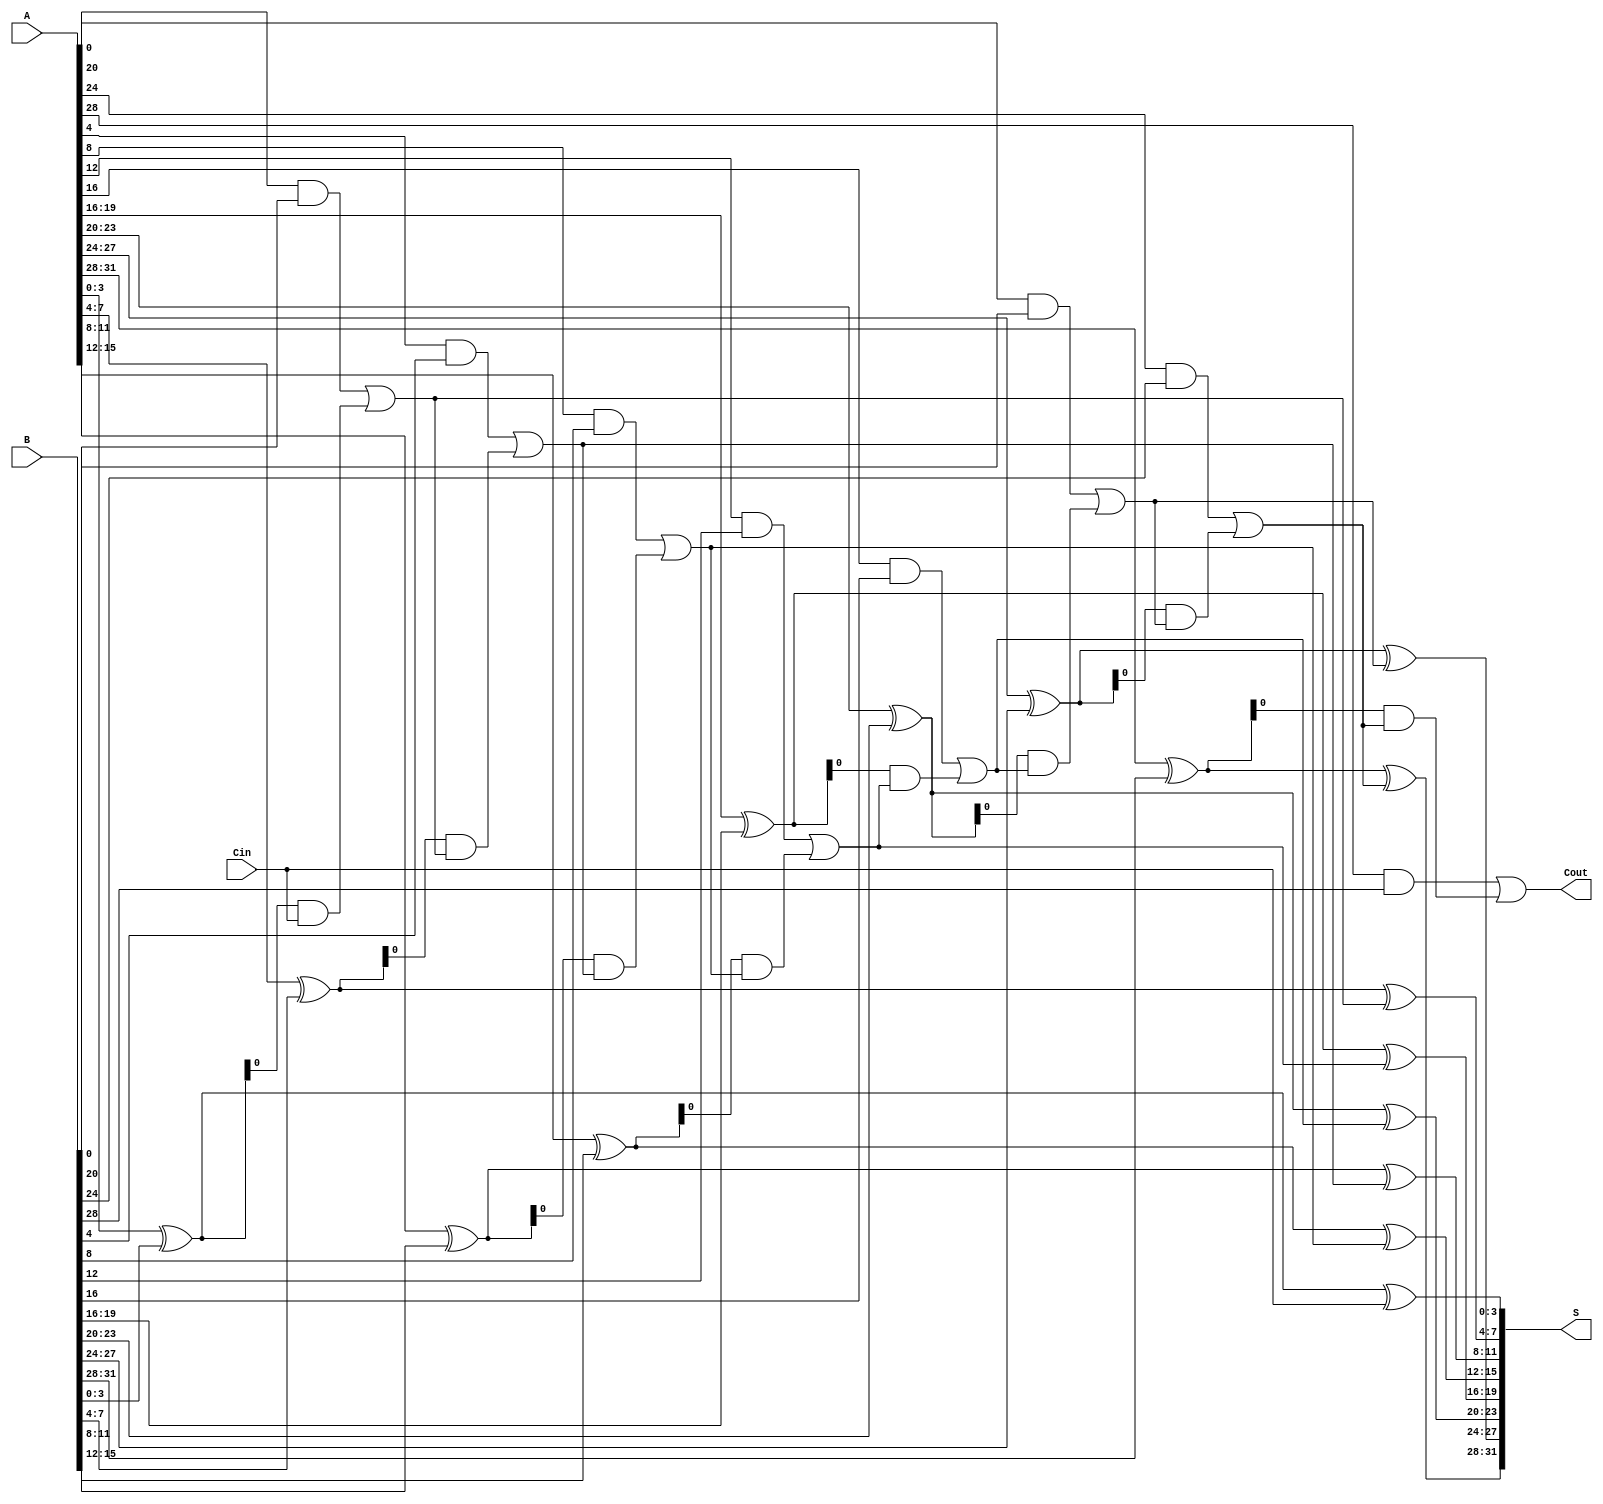
module PrecomputationCarryAdder #(
    parameter N = 32, // Bit width of the inputs
    parameter GROUP_SIZE = 4 // Size of each group for carry computation
)(
    input [N-1:0] A,    // First n-bit binary input
    input [N-1:0] B,    // Second n-bit binary input
    input Cin,          // Carry-in input
    output [N-1:0] S,   // Sum output
    output Cout         // Carry-out output
);

    // Number of groups
    localparam GROUPS = N / GROUP_SIZE;

    // Internal signals
    wire [GROUPS-1:0] G; // Generate signals
    wire [GROUPS-1:0] P; // Propagate signals
    wire [GROUPS:0] C;   // Carry signals (C[0] = Cin)

    // Generate and propagate for each group
    genvar i;
    generate
        for (i = 0; i < GROUPS; i = i + 1) begin : group
            wire [GROUP_SIZE-1:0] A_group = A[GROUP_SIZE*i +: GROUP_SIZE];
            wire [GROUP_SIZE-1:0] B_group = B[GROUP_SIZE*i +: GROUP_SIZE];

            assign G[i] = A_group & B_group; // Generate
            assign P[i] = A_group ^ B_group; // Propagate
        end
    endgenerate

    // Carry computation
    assign C[0] = Cin; // Initial carry-in

    generate
        for (i = 0; i < GROUPS; i = i + 1) begin : carry_computation
            if (i == 0) begin
                assign C[i + 1] = G[i] | (P[i] & C[i]); // Carry-out for the first group
            end else begin
                assign C[i + 1] = G[i] | (P[i] & C[i]); // Carry-out for subsequent groups
            end
        end
    endgenerate

    // Sum calculation
    generate
        for (i = 0; i < GROUPS; i = i + 1) begin : sum_calculation
            wire [GROUP_SIZE-1:0] A_group = A[GROUP_SIZE*i +: GROUP_SIZE];
            wire [GROUP_SIZE-1:0] B_group = B[GROUP_SIZE*i +: GROUP_SIZE];

            assign S[GROUP_SIZE*i +: GROUP_SIZE] = A_group ^ B_group ^ C[i]; // Sum computation
        end
    endgenerate

    // Final carry-out
    assign Cout = C[GROUPS];

endmodule